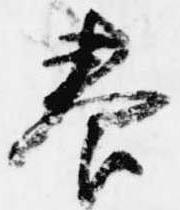
養